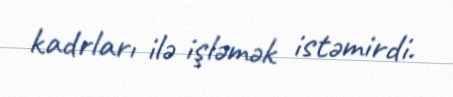
kadrları ilə işləmək istəmirdi.